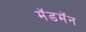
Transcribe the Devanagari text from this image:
मॅडमॅन